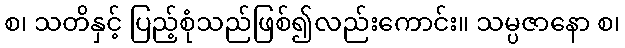
စ၊ သတိနှင့် ပြည့်စုံသည်ဖြစ်၍လည်းကောင်း။ သမ္ပဇာနော စ၊